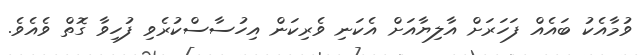
ވުމާއެކު ބައެއް ފަހަރަށް އާލިޔާއަށް އެކަނި ވެރިކަން އިހުސާސްކުރެވި ފުހިވާ ގޮތް ވެއެވެ.